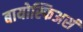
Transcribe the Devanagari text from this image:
बायोस्फिअर्स